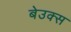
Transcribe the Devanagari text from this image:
बेउक्स